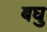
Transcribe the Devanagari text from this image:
बघु